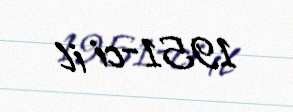
1951-ci il